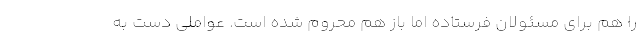
را هم برای مسئولان فرستاده اما باز هم محروم شده است. عواملی دست به